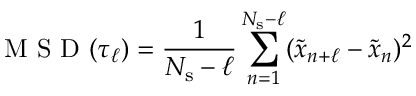
\mathrm { ~ M ~ S ~ D ~ } ( \tau _ { \ell } ) = \frac { 1 } { N _ { \mathrm { s } } - \ell } \sum _ { n = 1 } ^ { N _ { \mathrm { s } } - \ell } ( \tilde { x } _ { n + \ell } - \tilde { x } _ { n } ) ^ { 2 }